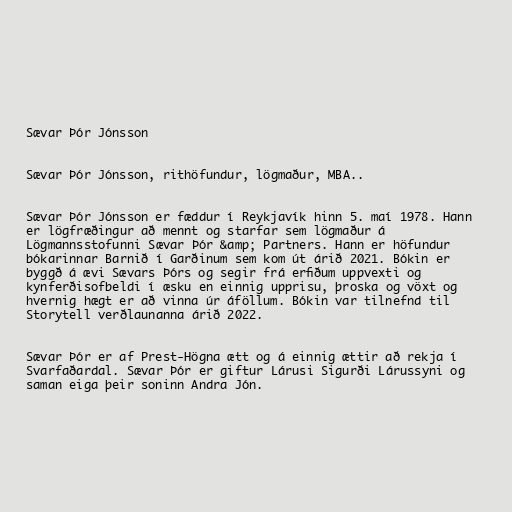
Sævar Þór Jónsson

Sævar Þór Jónsson, rithöfundur, lögmaður, MBA..

Sævar Þór Jónsson er fæddur í Reykjavík hinn 5. maí 1978. Hann
er lögfræðingur að mennt og starfar sem lögmaður á
Lögmannsstofunni Sævar Þór &amp; Partners. Hann er höfundur
bókarinnar Barnið í Garðinum sem kom út árið 2021. Bókin er
byggð á ævi Sævars Þórs og segir frá erfiðum uppvexti og
kynferðisofbeldi í æsku en einnig upprisu, þroska og vöxt og
hvernig hægt er að vinna úr áföllum. Bókin var tilnefnd til
Storytell verðlaunanna árið 2022.

Sævar Þór er af Prest-Högna ætt og á einnig ættir að rekja í
Svarfaðardal. Sævar Þór er giftur Lárusi Sigurði Lárussyni og
saman eiga þeir soninn Andra Jón.